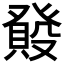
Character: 𤼺